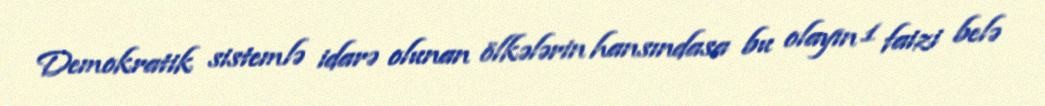
Demokratik sistemlə idarə olunan ölkələrin hansındasa bu olayın 1 faizi belə